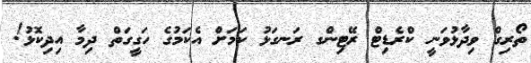
ތޯރިގް ވިދާޅުވަނީ ކްރެޑިޓް ރޭޓިންގ ރަނގަޅު ކަމަށް އެކަމުގެ ހަގީގަތް ދިމާ އިދިކޮޅު!